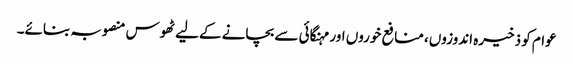
عوام کو ذخیرہ اندوزوں، منافع خوروں اور مہنگائی سے بچانے کےلیے ٹھوس منصوبہ بنائے۔